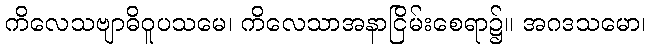
ကိလေသဗျာဓိဝူပသမေ၊ ကိလေသာအနာငြိမ်းစေရာ၌။ အဂဒသမော၊